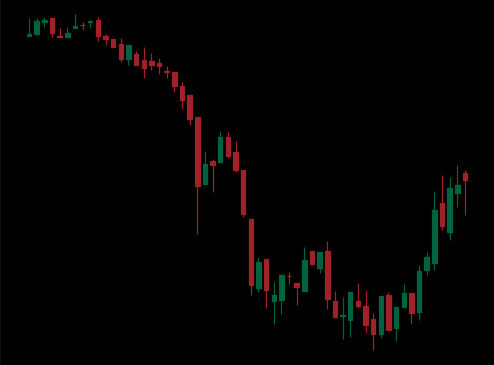
Pattern: bull_flag